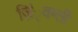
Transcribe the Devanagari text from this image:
ज़िं्वग्ली